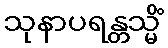
သုနာပရန္တသ္မိံ